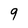
Character: q